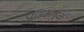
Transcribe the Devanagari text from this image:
प्रतिकर्षुक